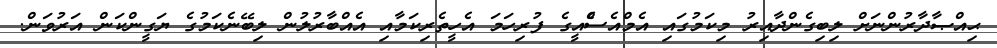
ޙިއްޞާދާރުންނަށް ލިބިގެންދާއިރު މިކަމުގައި އެމްއެސްެއީގެ ފުރިހަމަ އެހީތެރިކަމާއި އެއްބާރުލުން ލިބޭނެކަމުގެ ޔަގީންކަން އަރުވަން.